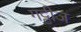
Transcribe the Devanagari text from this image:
गट्टीज